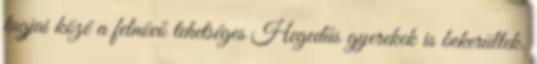
tagjai közé a felnövő tehetséges Hegedűs gyerekek is bekerültek.